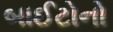
બાઈટોનો